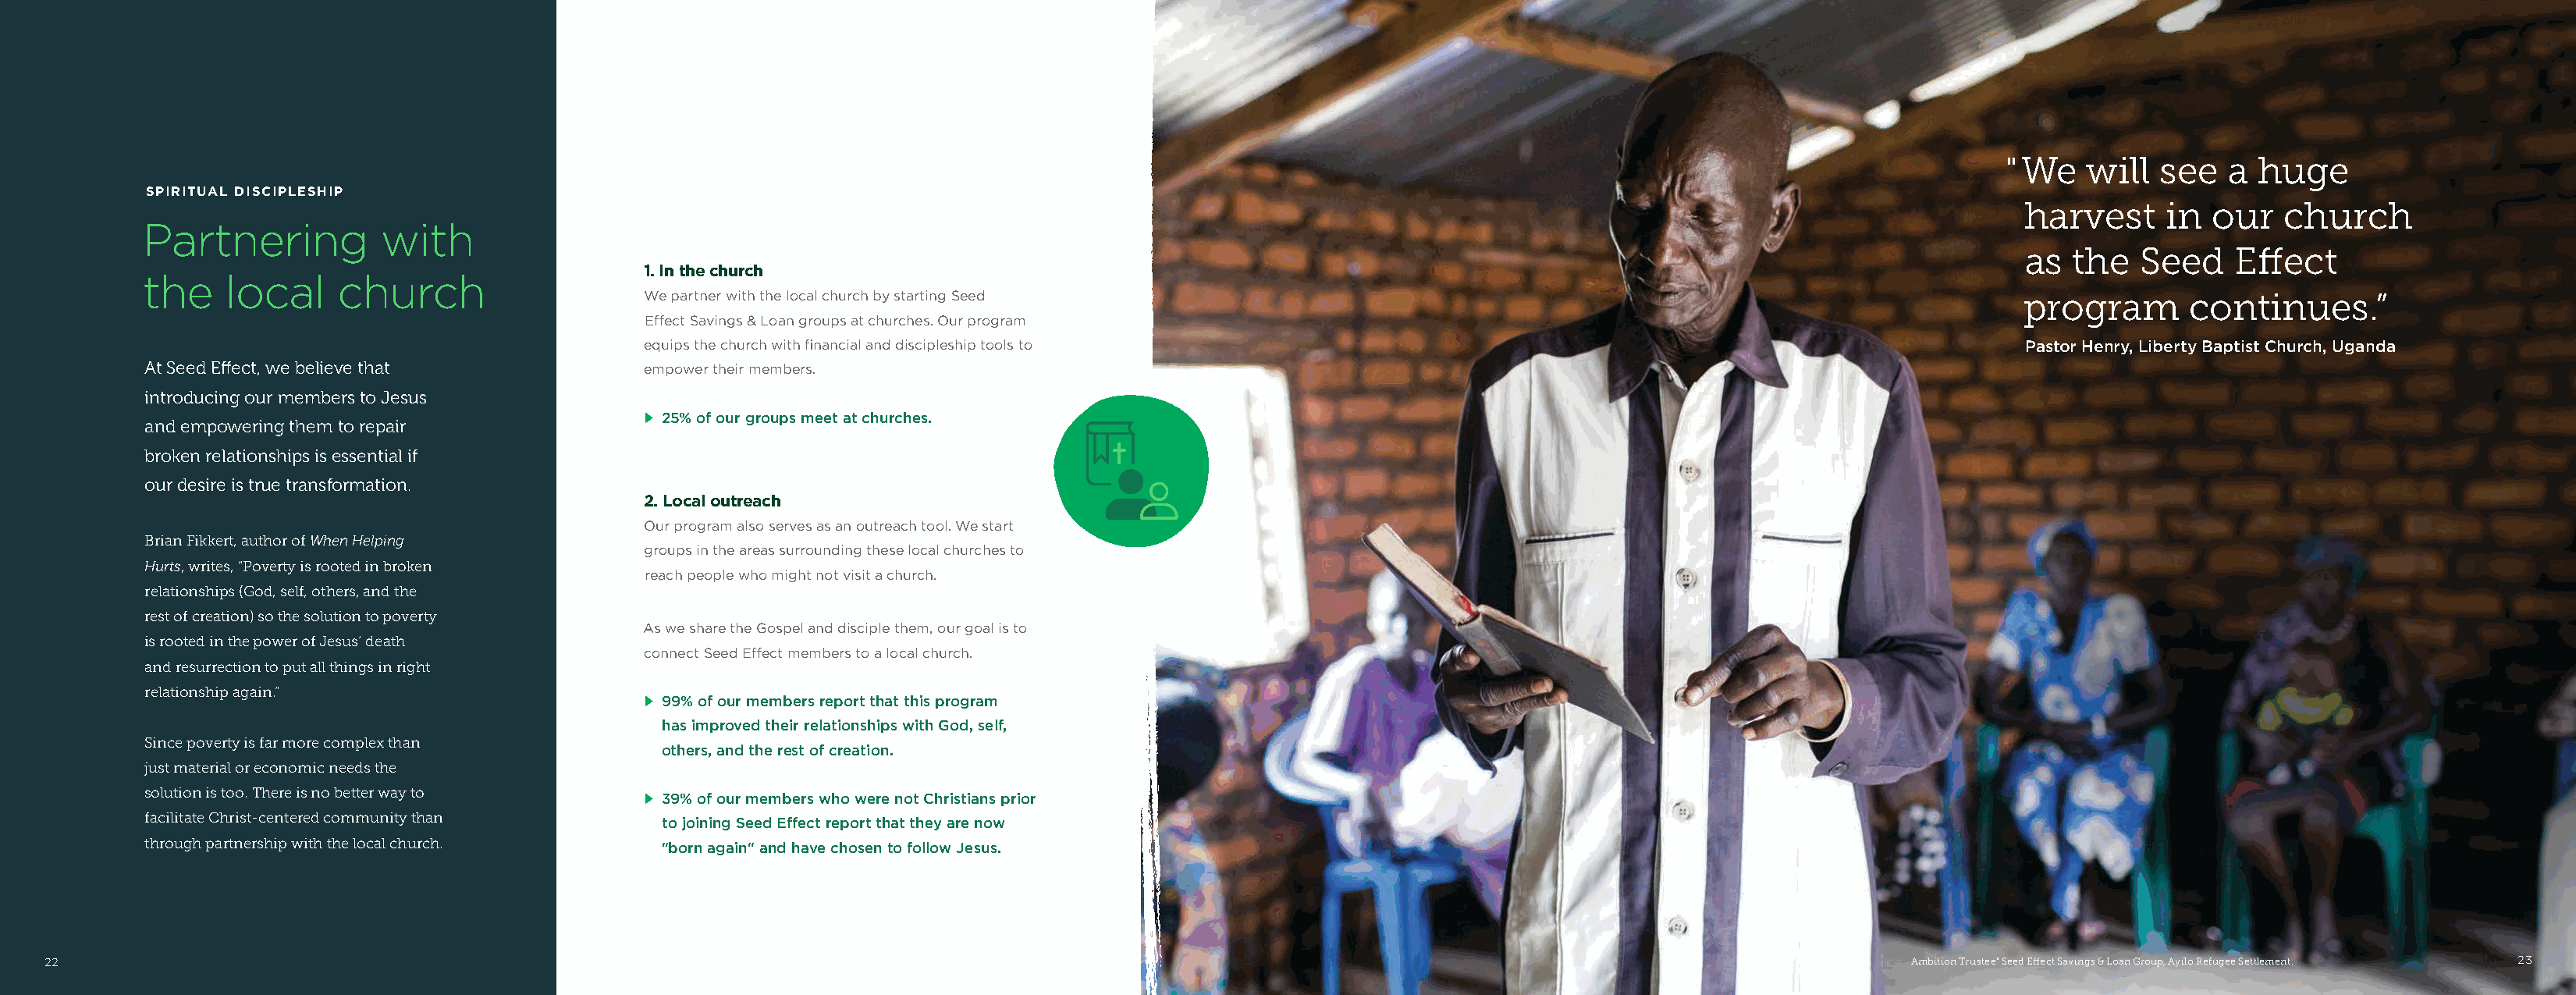
"We    will  see   a huge
 SPIRITUAL DISCIPLESHIP
 harvest     in  our   church
 Partnering          with
 as  the  Seed     Effect
 1. In the church
 the    local     church
 We partner with the local church by starting Seed                                                                    program       continues.”
 Effect Savings & Loan groups at churches. Our program
 equips the church with financial and discipleship tools to                                                           Pastor Henry, Liberty Baptist Church, Uganda
 At Seed Effect, we believe that            empower their members.
 introducing our members to Jesus
 m 25% of our groups meet at churches.
 and empowering them to repair
 broken relationships is essential if
 our desire is true transformation.
 2. Local outreach
 Our program also serves as an outreach tool. We start
 Brian Fikkert, author of When Helping
 groups in the areas surrounding these local churches to
 Hurts, writes, “Poverty is rooted in broken
 reach people who might not visit a church.
 relationships (God, self, others, and the
 rest of creation) so the solution to poverty
 As we share the Gospel and disciple them, our goal is to
 is rooted in the power of Jesus’ death
 connect Seed Effect members to a local church.
 and resurrection to put all things in right
 relationship again.”
 m 99% of our members report that this program
 has improved their relationships with God, self,
 Since poverty is far more complex than
 others, and the rest of creation.
 just material or economic needs the
 solution is too. There is no better way to
 m 39% of our members who were not Christians prior
 facilitate Christ-centered community than
 to joining Seed Effect report that they are now
 through partnership with the local church.
 "born again" and have chosen to follow Jesus.
 22                                                                                                                                                            Ambition Trustee" Seed Effect Savings & Loan Group, Ayilo Refugee Settlement. 23